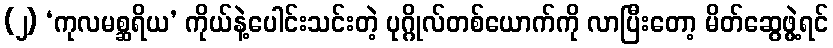
(၂) ‘ကုလမစ္ဆရိယ’ ကိုယ်နဲ့ပေါင်းသင်းတဲ့ ပုဂ္ဂိုလ်တစ်ယောက်ကို လာပြီးတော့ မိတ်ဆွေဖွဲ့ရင်